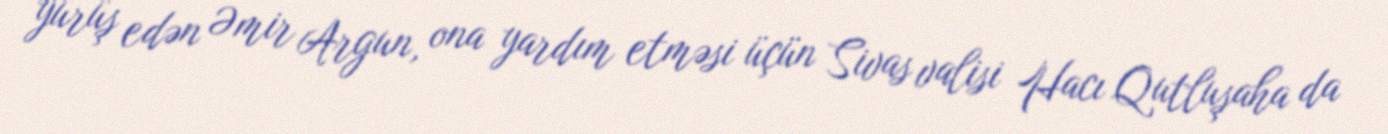
yürüş edən Əmir Argun, ona yardım etməsi üçün Sivas valisi Hacı Qutluşaha da